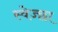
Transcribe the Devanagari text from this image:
स्वेज्छा